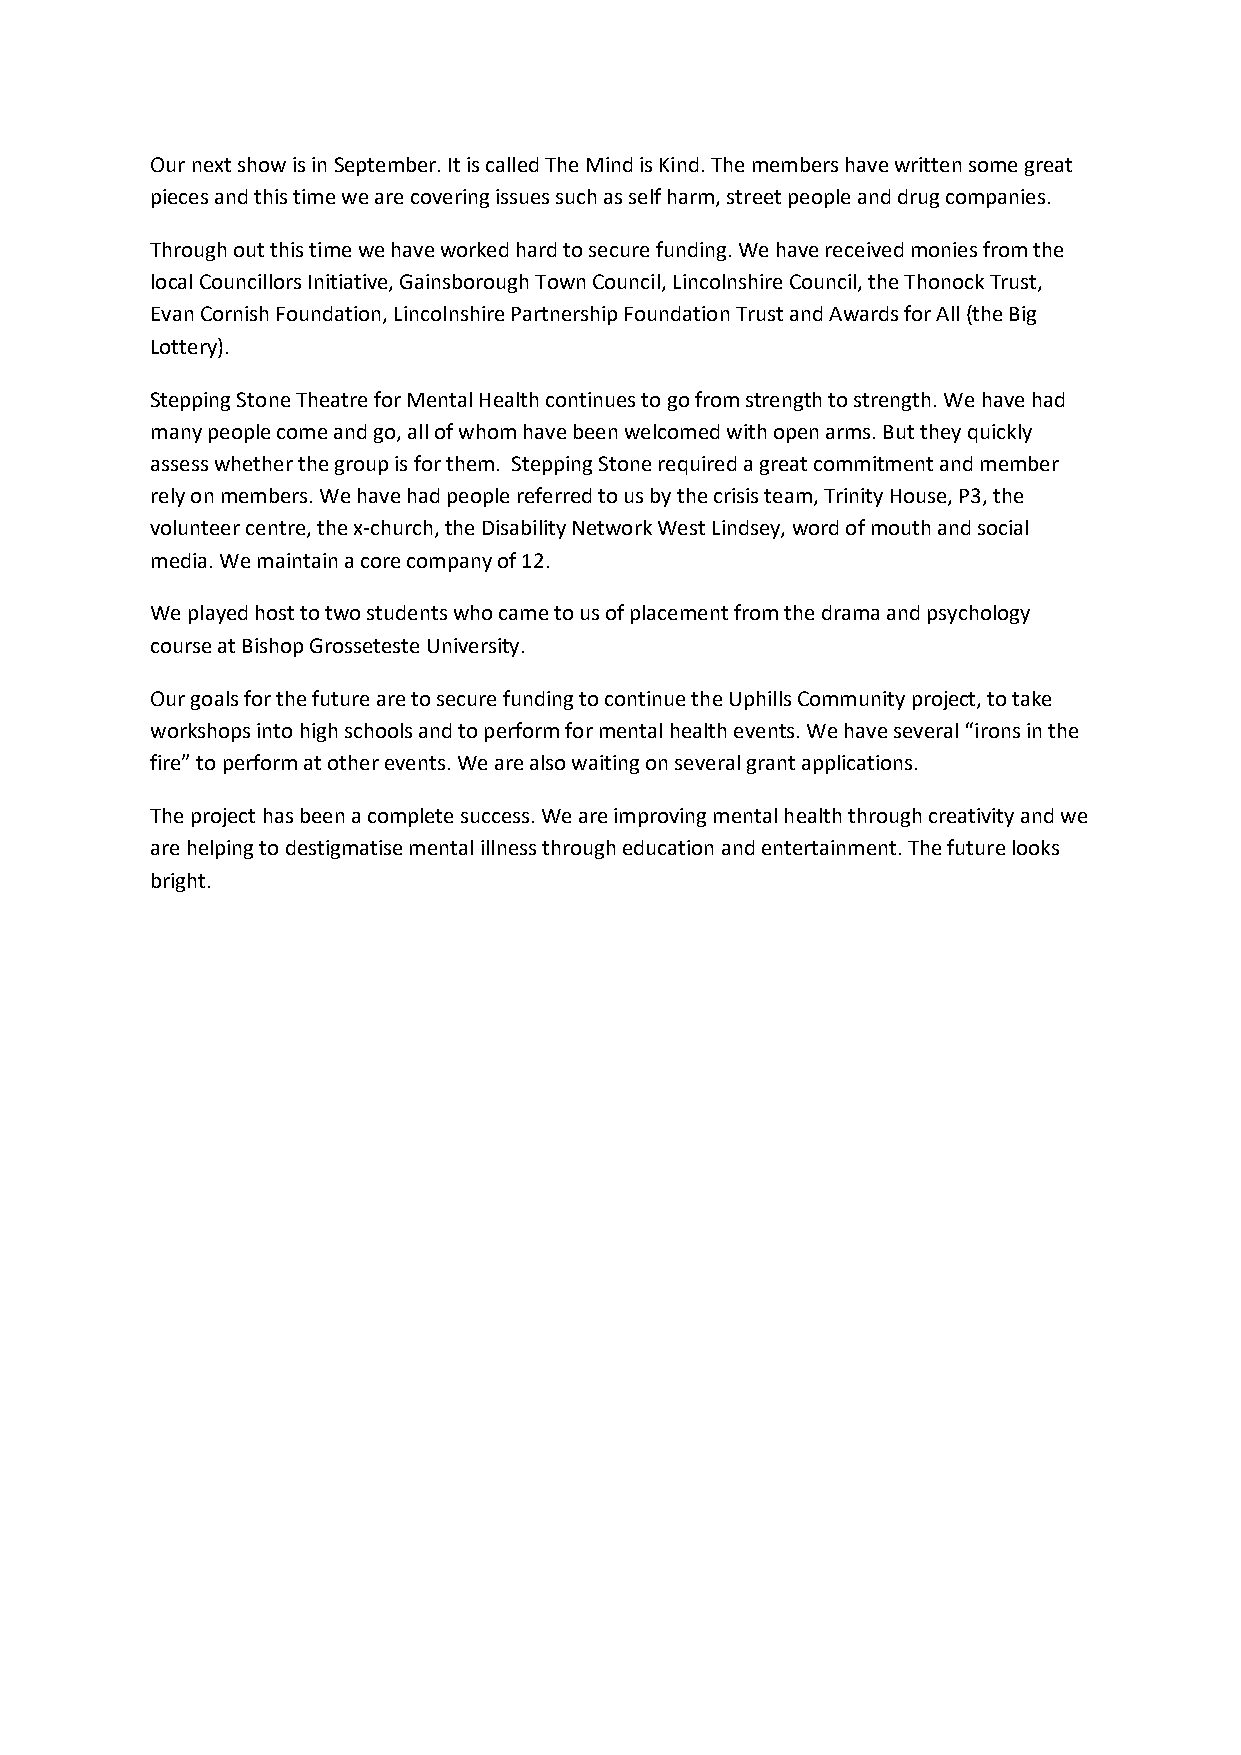
Our next show is in September. It is called The Mind is Kind. The members have written some great
 pieces and this time we are covering issues such as self harm, street people and drug companies.
 Through out this time we have worked hard to secure funding. We have received monies from the
 local Councillors Initiative, Gainsborough Town Council, Lincolnshire Council, the Thonock Trust,
 Evan Cornish Foundation, Lincolnshire Partnership Foundation Trust and Awards for All (the Big
 Lottery).
 Stepping Stone Theatre for Mental Health continues to go from strength to strength. We have had
 many people come and go, all of whom have been welcomed with open arms. But they quickly
 assess whether the group is for them. Stepping Stone required a great commitment and member
 rely on members. We have had people referred to us by the crisis team, Trinity House, P3, the
 volunteer centre, the x-church, the Disability Network West Lindsey, word of mouth and social
 media. We maintain a core company of 12.
 We played host to two students who came to us of placement from the drama and psychology
 course at Bishop Grosseteste University.
 Our goals for the future are to secure funding to continue the Uphills Community project, to take
 workshops into high schools and to perform for mental health events. We have several “irons in the
 fire” to perform at other events. We are also waiting on several grant applications.
 The project has been a complete success. We are improving mental health through creativity and we
 are helping to destigmatise mental illness through education and entertainment. The future looks
 bright.